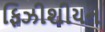
ફિઝીશીયન